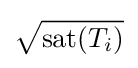
{\sqrt {\mathrm {sat} (T_{i})}}